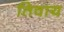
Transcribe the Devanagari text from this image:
तिवाय